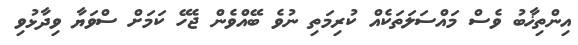
އިންތިޚާބު ވެސް މައްސަލަތަކެއް ކުރިމަތި ނުވެ ބޭއްވެން ޖެހޭ ކަމަށް ސްވަޔާ ވިދާޅުވި